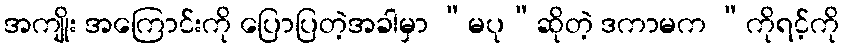
အကျိုး အကြောင်းကို ပြောပြတဲ့အခါမှာ “မပု”ဆိုတဲ့ ဒကာမက “ကိုရင့်ကို